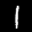
Label: 1